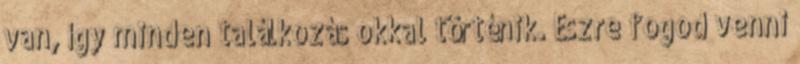
van, így minden találkozás okkal történik. Észre fogod venni